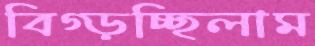
বিগ্‌ড়চ্ছিলাম